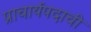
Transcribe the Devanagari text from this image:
प्राचार्यपदाची